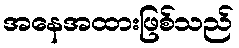
အနေအထားဖြစ်သည်